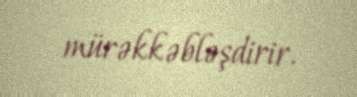
mürəkkəbləşdirir.